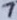
Text: 7